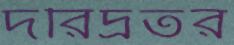
দরিদ্রতর